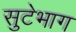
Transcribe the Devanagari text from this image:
सुटेभाग